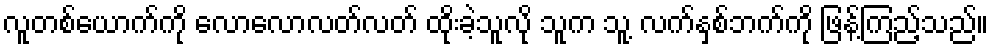
လူတစ်ယောက်ကို လောလောလတ်လတ် ထိုးခဲ့သူလို သူက သူ့ လက်နှစ်ဘက်ကို ဖြန့်ကြည့်သည်။